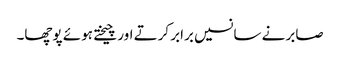
صابر نے سانسیں برابر کرتے اور چیختے ہوئے پوچھا۔